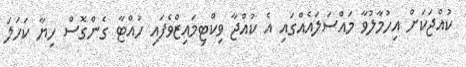
ކުއްޖަކަށް އިހުމާލުވާ މައްސަލައެއްގައި އެ ކުއްޖާ ވިކްޓިމައިޒްވެފައި ހުއްޓާ ގެންގޮސް ހިޔާ ކަހަލަ